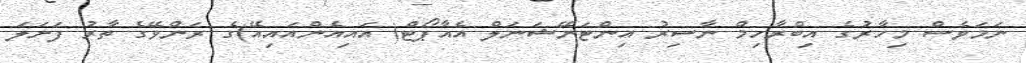
ނަމަވެސް މިހާރުގެ އިބްރާހިމް ނާސިރު އިންޓަނޭޝަނަލް އެއާޕޯޓް( އައިއެންއައިއޭ)ގެ ރަންވޭގެ ތާރު ފަށަލަ